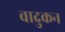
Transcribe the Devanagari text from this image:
वादुकन